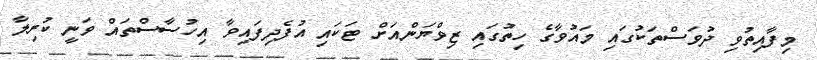
މިފާއިތުވި ދުވަސްތަކުގައި މައުވާގެ ހިތުގައި ޒިވްޔަންއަށް ޓަކައި އުފެދިފައިވާ އިހުސާސްތައް ވަނީ ކުރިލާ